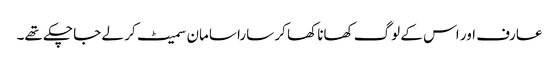
عارف اور اس کے لوگ کھانا کھا کر سارا سامان سمیٹ کر لے جا چکے تھے۔